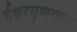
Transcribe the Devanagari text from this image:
ईश्वरगुणगान